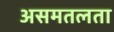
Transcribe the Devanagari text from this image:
असमतलता